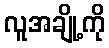
လူအချို့ကို